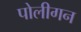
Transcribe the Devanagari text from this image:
पोलीगन